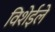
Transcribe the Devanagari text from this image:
विशेईले